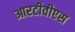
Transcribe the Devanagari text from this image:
आरटीवीएस